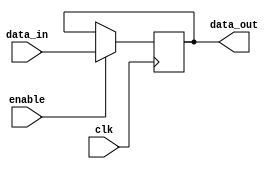
module EnableLatch (
    input wire clk,
    input wire enable,
    input wire data_in,
    output reg data_out
);

always @(posedge clk) begin
    if (enable) begin
        data_out <= data_in;
    end
end

endmodule